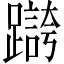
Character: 𫏥